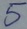
Text: 5